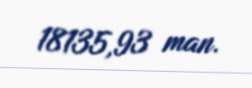
18135,93 man.